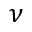
\nu